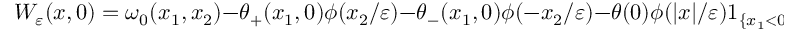
W _ { \varepsilon } ( x , 0 ) = \omega _ { 0 } ( x _ { 1 } , x _ { 2 } ) - \theta _ { + } ( x _ { 1 } , 0 ) \phi ( x _ { 2 } / \varepsilon ) - \theta _ { - } ( x _ { 1 } , 0 ) \phi ( - x _ { 2 } / \varepsilon ) - \theta ( 0 ) \phi ( | x | / \varepsilon ) 1 _ { \{ x _ { 1 } < 0 \} } ,